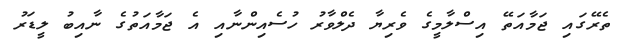
ތެރޭގައި ޖަމާއަތޭ އިސްލާމީގެ ވެރިޔާ ދެލްވާރު ހުސެއިންނާއި އެ ޖަމާއަތުގެ ނާއިބު ލީޑަރު